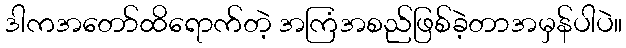
ဒါကအတော်ထိရောက်တဲ့ အကြံအစည်ဖြစ်ခဲ့တာအမှန်ပါပဲ။